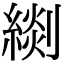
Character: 𦃖